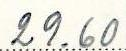
29.60